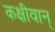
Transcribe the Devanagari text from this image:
कक्षीवान्‌